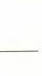
The room was \underline \underline